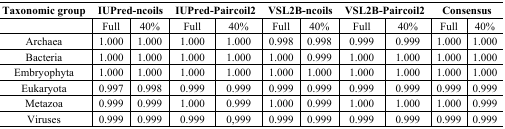
| Taxonomic group | <COLSPAN=2> IUPred-ncoils | <COLSPAN=2> IUPred-Paircoil2 | <COLSPAN=2> VSL2B-ncoils | <COLSPAN=2> VSL2B-Paircoil2 | <COLSPAN=2> Consensus |
 | --- | --- | --- | --- | --- | --- | --- | --- | --- | --- | --- |
 |  | Full | 40% | Full | 40% | Full | 40% | Full | 40% | Full | 40% |
 | Archaea | 1.000 | 1.000 | 1.000 | 1.000 | 0.998 | 0.998 | 0.999 | 0.999 | 1.000 | 1.000 |
 | Bacteria | 1.000 | 1.000 | 1.000 | 1.000 | 1.000 | 0.999 | 1.000 | 1.000 | 1.000 | 1.000 |
 | Embryophyta | 1.000 | 1.000 | 1.000 | 1.000 | 1.000 | 1.000 | 1.000 | 1.000 | 1.000 | 1.000 |
 | Eukaryota | 0.997 | 0.998 | 0.999 | 0.999 | 0.999 | 0.999 | 0.999 | 0.999 | 0.999 | 0.999 |
 | Metazoa | 0.999 | 0.999 | 1.000 | 0.999 | 1.000 | 0.999 | 1.000 | 1.000 | 1.000 | 0.999 |
 | Viruses | 0.999 | 0.999 | 0.999 | 0,999 | 0.999 | 0.999 | 0.999 | 0.999 | 0.999 | 0.999 |